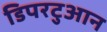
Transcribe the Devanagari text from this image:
डिपरटुआन